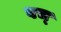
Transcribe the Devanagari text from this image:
वच्